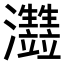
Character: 𤅏